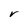
Character: r